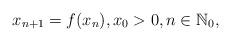
LaTeX: \begin{align*}x_{n+1}=f(x_n), x_0>0, n\in {\mathbb N}_0,\end{align*}